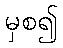
မှစ၍